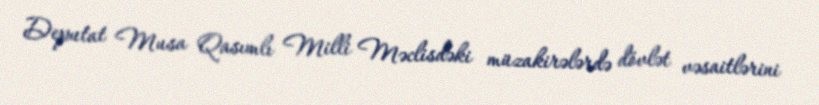
Deputat Musa Qasımlı Milli Məclisdəki müzakirələrdə dövlət vəsaitlərini